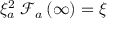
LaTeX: \xi _ { a } ^ { 2 } \; \mathcal { F } _ { a } \left( \infty \right) = \xi